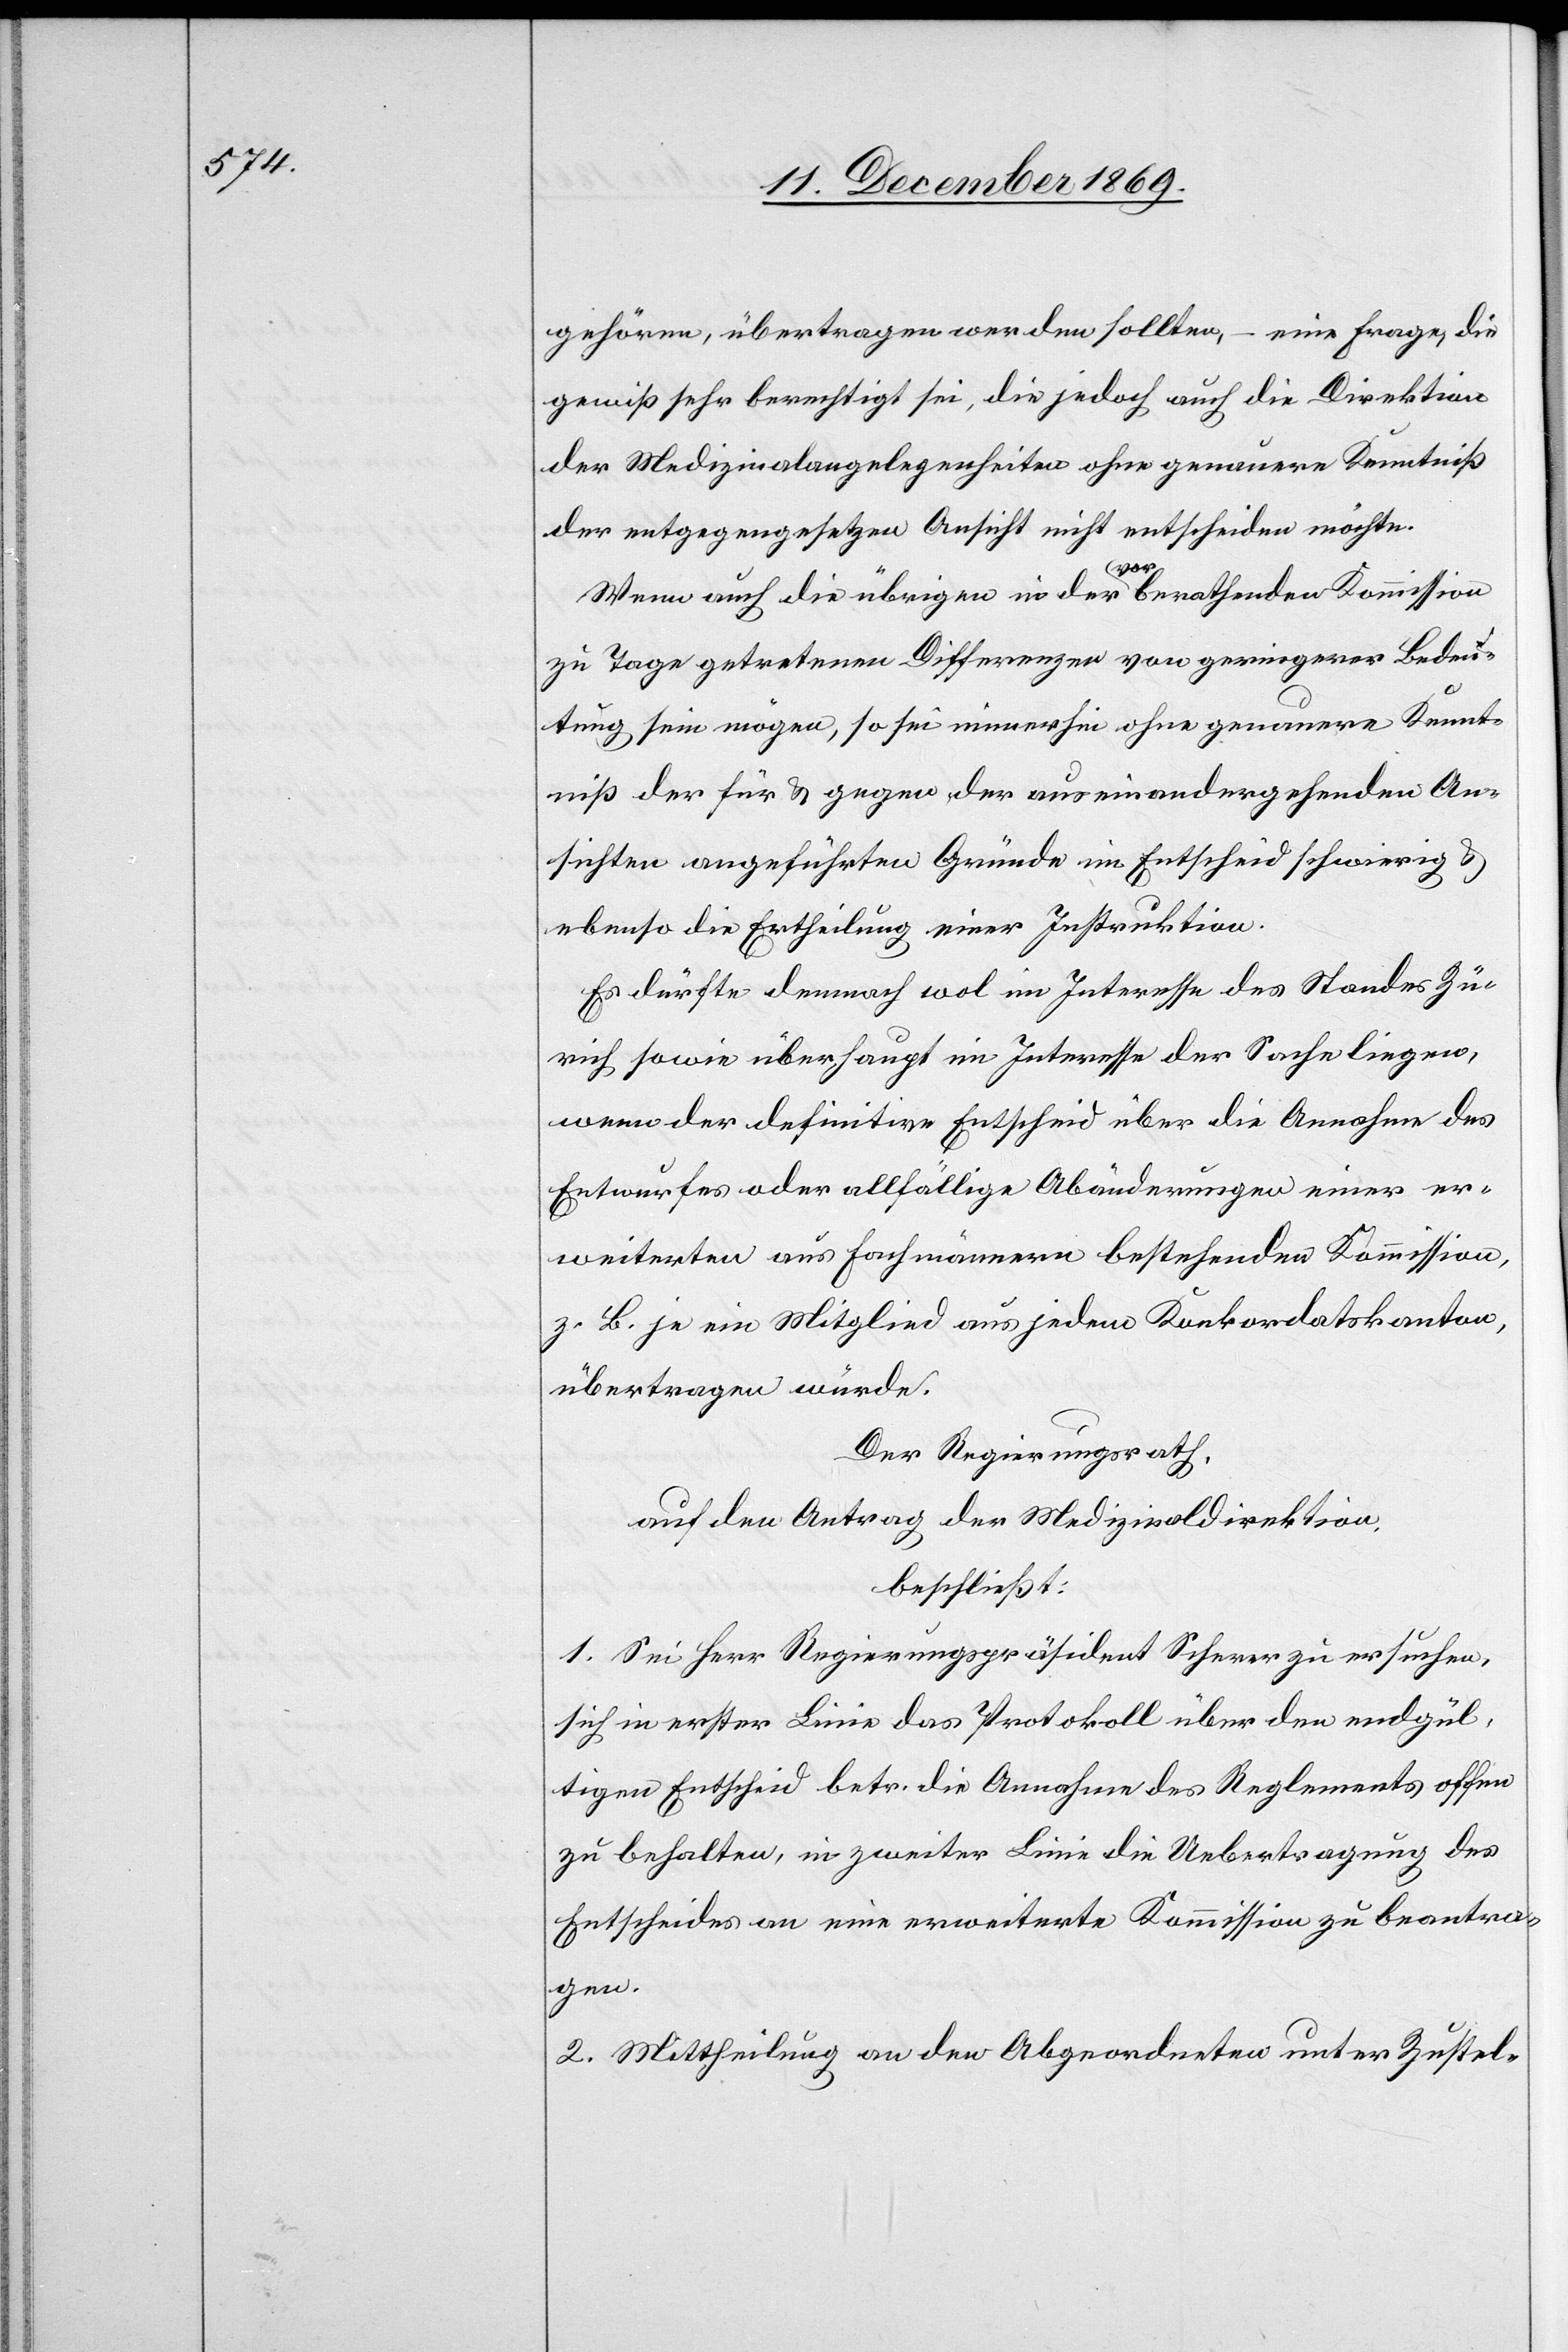
gehören, übertragen werden sollten, – eine Frage, die
gewiß sehr berechtigt sei, die jedoch auch die Direktion
der Medizinalangelegenheiten ohne genauere Kenntniß
der entgegengesetzten Ansicht nicht entscheiden möchte.
Wenn auch die übrigen in der vorberathenden Kommission
zu Tage getretenen Differenzen von geringerer Bedeu¬
tung sein mögen, so sei immerhin ohne genauere Kennt¬
niß der für & gegen der auseinandergehenden An¬
sichten angeführten Gründe im Entscheid schwierig &
ebenso die Ertheilung einer Instruktion.
Es dürfte demnach wol im Interesse des Standes Zü¬
rich sowie überhaupt im Interesse der Sache liegen,
wenn der definitive Entscheid über die Annahme des
Entwurfes oder allfällige Abänderungen einer er¬
weiterten aus Fachmännern bestehenden Kommission,
z. B. je ein Mitglied aus jedem Konkordatskanton,
übertragen würde.
Der Regierungsrath,
auf den Antrag der Medizinaldirektion,
beschließt:
1. Sei Herr Regierungspräsident Scherer zu ersuchen,
sich in erster Linie das Protokoll über den endgül¬
tigen Entscheid betr. die Annahme des Reglements offen
zu behalten, in zweiter Linie die Uebertragung des
Entscheides an eine erweiterte Kommission zu beantra¬
gen.
2. Mittheilung an den Abgeordneten unter Zustel-